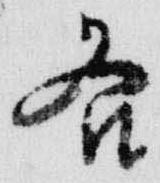
各